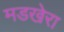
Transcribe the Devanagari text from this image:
मडखेरा